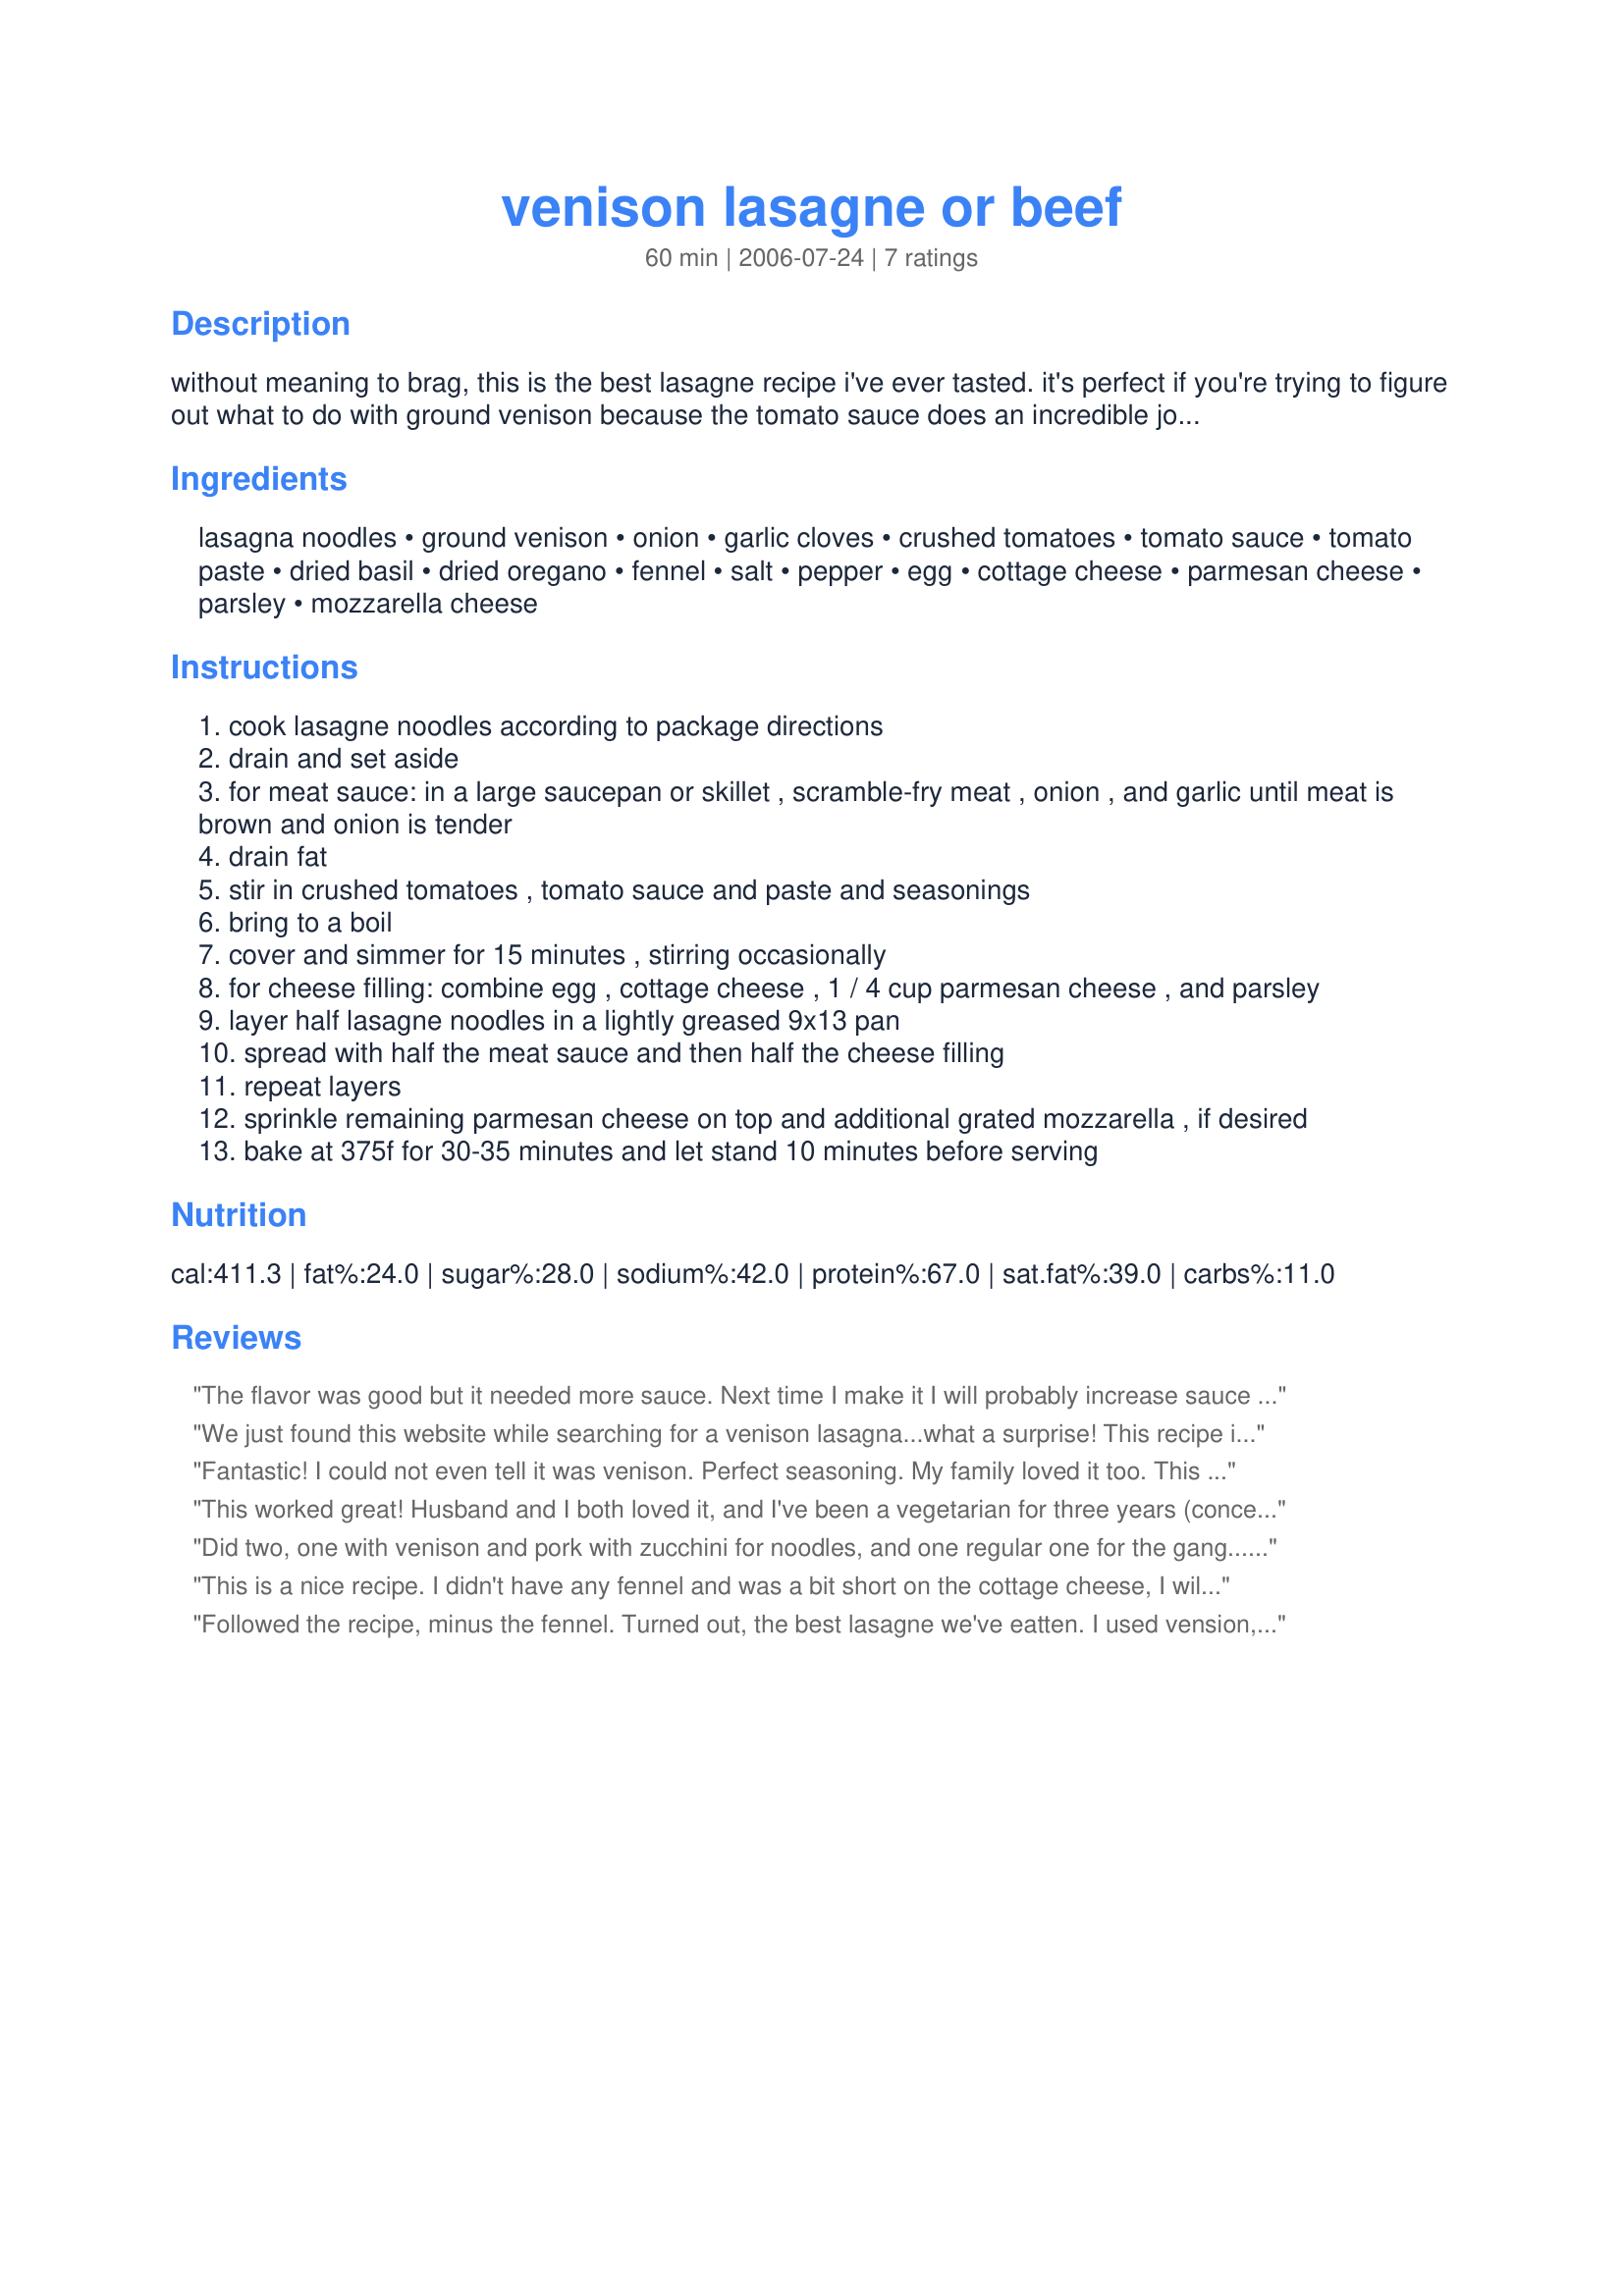
venison lasagne or beef
Preparation time: 60 minutes

without meaning to brag, this is the best lasagne recipe i've ever tasted. it's perfect if you're trying to figure out what to do with ground venison because the tomato sauce does an incredible job of removing/masking the wild taste, but of course you can use ground beef as well. even "oh, i don't eat deer meat" people will love this -- just don't tell them until afterwards! my recipe book says the fennel is optional, but that's your killer secret ingredient! it's not optional in my opinion!! you could also add a package of frozen spinach (thawed and drained) as well.

Ingredients:
lasagna noodles, ground venison, onion, garlic cloves, crushed tomatoes, tomato sauce, tomato paste, dried basil, dried oregano, fennel, salt, pepper, egg, cottage cheese, parmesan cheese, parsley, mozzarella cheese

Steps:
cook lasagne noodles according to package directions
drain and set aside
for meat sauce: in a large saucepan or skillet , scramble-fry meat , onion , and garlic until meat is brown and onion is tender
drain fat
stir in crushed tomatoes , tomato sauce and paste and seasonings
bring to a boil
cover and simmer for 15 minutes , stirring occasionally
for cheese filling: combine egg , cottage cheese , 1 / 4 cup parmesan cheese , and parsley
layer half lasagne noodles in a lightly greased 9x13 pan
spread with half the meat sauce and then half the cheese filling
repeat layers
sprinkle remaining parmesan cheese on top and additional grated mozzarella , if desired
bake at 375f for 30-35 minutes and let stand 10 minutes before serving

Reviews:
The flavor was good but it needed more sauce. Next time I make it I will probably increase sauce ingredients 1.5x. It was also pretty thin overall. to make it more hearty you could increase all ingredients to make it thicker in the 9x13.
We just found this website while searching for a venison lasagna...what a surprise! This recipe is the best lasagna I have ever tasted in a high end restaurant. Our hats are definitely off to you...great work! Can you come and cook for us??? :)
Fantastic! I could not even tell it was venison. Perfect seasoning. My family loved it too. This is my new lasagna recipe and #1 ground venison recipe.
This worked great! Husband and I both loved it, and I've been a vegetarian for three years (concerned mostly with slaughter practices). We used ground venison from a friend who hunts. I used ricotta, not cottage cheese, and didn't have fennel. I think this version tasted just as good, if not better, than beef lasagna. Will definitely be making it again!
Did two, one with venison and pork with zucchini for noodles, and one regular one for the gang.... amazing, so good he even did the dishes!
This is a nice recipe. I didn't have any fennel and was a bit short on the cottage cheese, I will make again with more c/c and the fennel. Everyone liked it.
Thanks for sharing.
Oh btw I did use venison.
Followed the recipe, minus the fennel. Turned out, the best lasagne we've eatten. I used vension, the family. Loved this meal.
